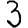
Digit: 3